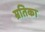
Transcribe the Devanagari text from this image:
म्रतिका